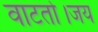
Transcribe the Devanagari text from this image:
वाटतो।जय